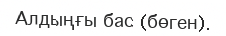
Алдыңғы бас (бөген).